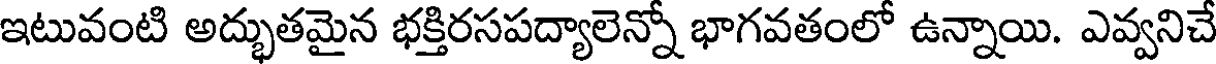
ఇటువంటి అద్భుతమైన భక్తిరసపద్యాలెన్నో భాగవతంలో ఉన్నాయి. ఎవ్వనిచే